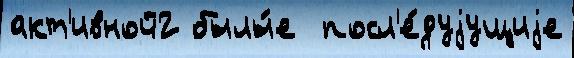
акт'ивной2 былы́е  посл'е́дуjущиjе